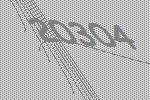
20304